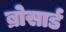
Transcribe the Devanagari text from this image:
ब्रोसार्ड